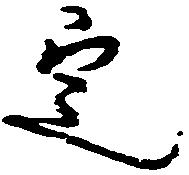
定